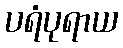
ပရံပုရာယ